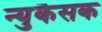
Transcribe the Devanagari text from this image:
न्युकैसक